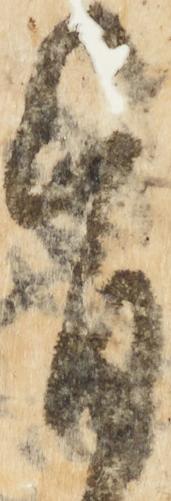
旨